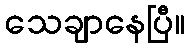
သေချာနေပြီ။